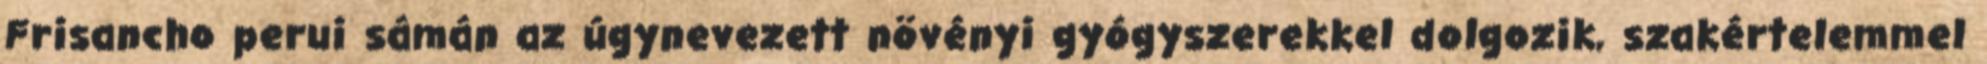
Frisancho perui sámán az úgynevezett növényi gyógyszerekkel dolgozik, szakértelemmel